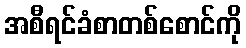
အစီရင်ခံစာတစ်စောင်ကို